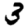
Digit: 3